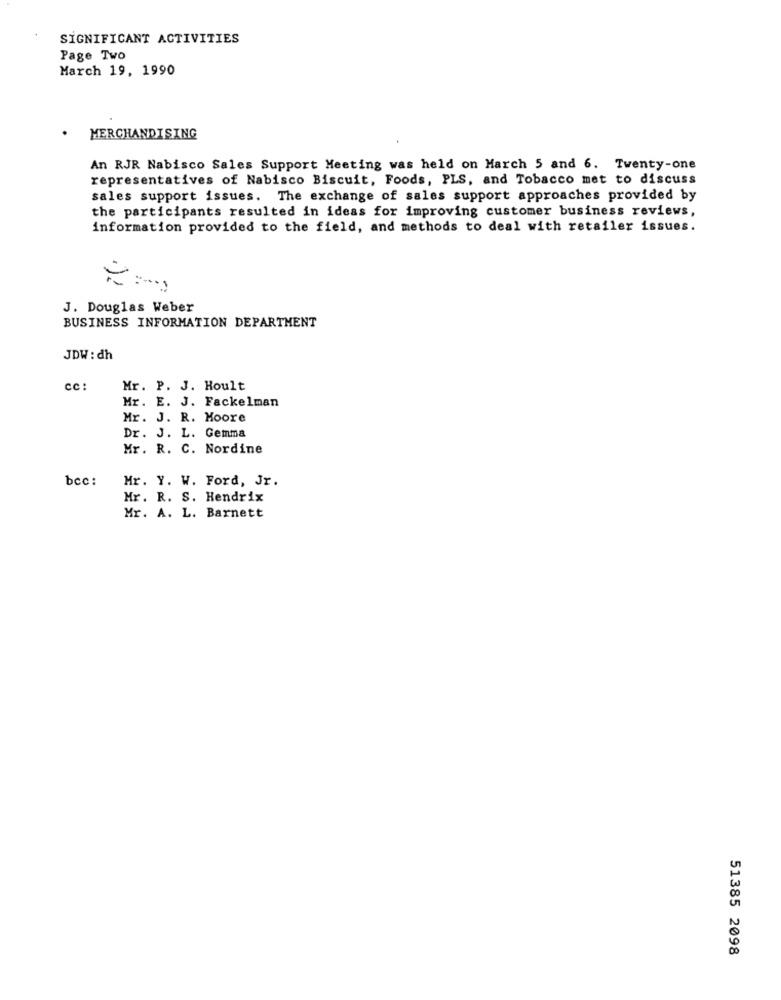
SIGNIFICANT ACTIVITIES
Page Two
March 19, 1990
MERCHANDISING
An RJR Nabisco Sales Support Meeting was held on March 5 and 6. Twenty-one
representatives of Nabisco Biscuit, Foods, PLS, and Tobacco met to discuss
sales support issues. The exchange of sales support approaches provided by
the participants resulted in ideas for improving customer business reviews,
information provided to the field, and methods to deal with retailer issues.
J. Douglas Weber
BUSINESS INFORMATION DEPARTMENT
JDW : dh
cc :
Mr. P. J. Hoult
Mr. E. J. Fackelman
Mr. J. R. Moore
Dr. J. L. Gemma
Mr. R. C. Nordine
bcc:
Mr. Y. W. Ford, Jr.
Mr. R. S. Hendrix
Mr. A. L. Barnett
51385 2098